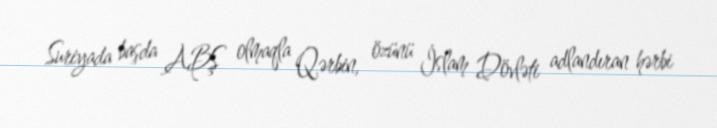
Suriyada başda ABŞ olmaqla Qərbin, özünü İslam Dövləti adlandıran hərbi